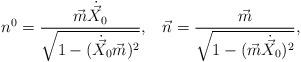
LaTeX: \begin{align*}n^{0} = \frac{\vec{m} \dot{\vec{X}}_{0}}{\sqrt{1 - (\dot{\vec{X}}_{0}\vec{m})^2}},\;\;\; \vec{n} = \frac{\vec{m}}{\sqrt{1-(\vec{m}\dot{\vec{X}}_{0})^2}},\end{align*}